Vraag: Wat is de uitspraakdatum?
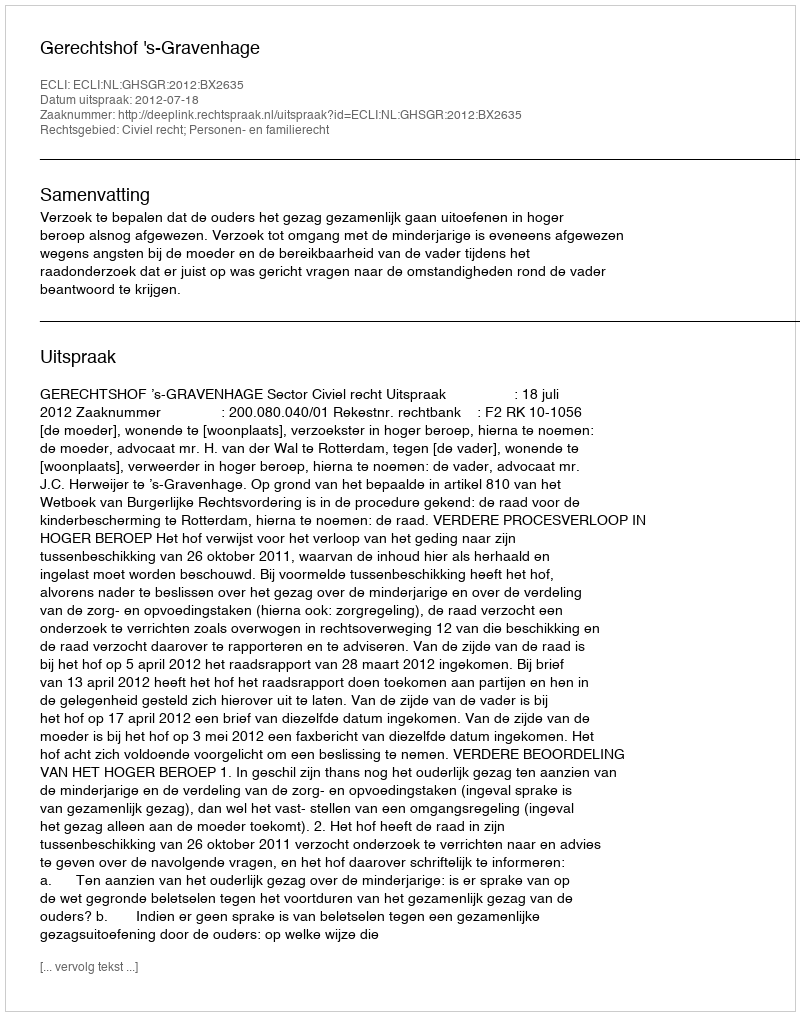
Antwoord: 2012-07-18